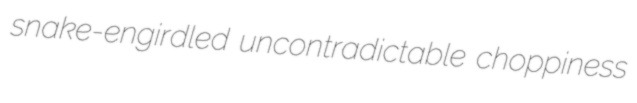
snake-engirdled uncontradictable choppiness